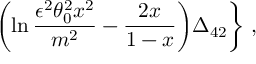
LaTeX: \biggl ( \ln \frac { \epsilon ^ { 2 } \theta _ { 0 } ^ { 2 } x ^ { 2 } } { m ^ { 2 } } - \frac { 2 x } { 1 - x } \biggr ) \Delta _ { 4 2 } \biggr \} \ ,